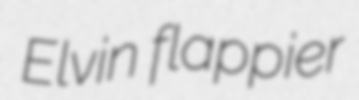
Elvin flappier